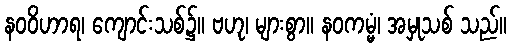
နဝဝိဟာရ၊ ကျောင်းသစ်၌။ ဗဟု၊ များစွာ။ နဝကမ္မံ၊ အမှုသစ် သည်။